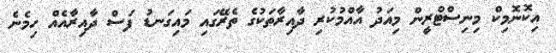
އިކޮނޮމިކް މިނިސްޓްރީން މިއަދު އާއްމުކުރި ދާއިރާތަކުގެ ތެރޭގައި މައިގަނޑު ފަސް ދާއިރާއެއް ހިމެނެ